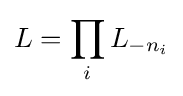
L=\prod _{i}L_{-n_{i}}